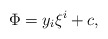
\begin{align*}\Phi=y_i\xi^i+c,\end{align*}